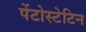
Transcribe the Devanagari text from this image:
पेंटोस्टेटिन